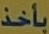
بأخذ